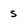
Character: s